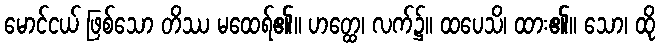
မောင်ငယ် ဖြစ်သော တိဿ မထေရ်၏။ ဟတ္ထေ၊ လက်၌။ ထပေသိ၊ ထား၏။ သော၊ ထို